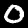
Digit: 0